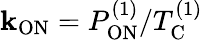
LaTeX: \mathbf{k}_{\mathrm{{ON}}}=P_{\mathrm{{ON}}}^{(1)}/T_{\mathrm{{C}}}^{(1)}